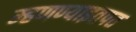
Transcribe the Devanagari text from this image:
म्हणण्याइतपत